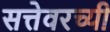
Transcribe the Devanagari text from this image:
सत्तेवरच्यी